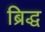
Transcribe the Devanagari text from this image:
ब्रिद्ध